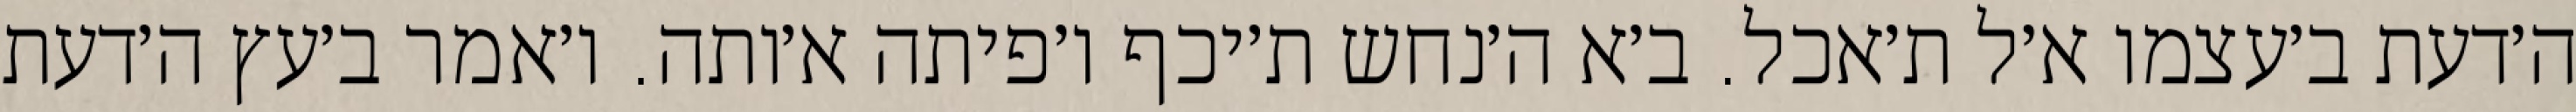
ה׳דעת ב׳עצמו א׳ל ת׳אכל. ב׳א ה׳נחש ת׳יכף ו׳פיתה א׳ותה. ו׳אמר ב׳עץ ה׳דעת